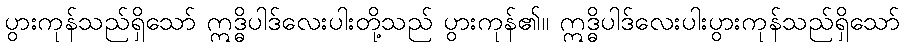
ပွားကုန်သည်ရှိသော် ဣဒ္ဓိပါဒ်လေးပါးတို့သည် ပွားကုန်၏။ ဣဒ္ဓိပါဒ်လေးပါးပွားကုန်သည်ရှိသော်